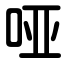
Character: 哑